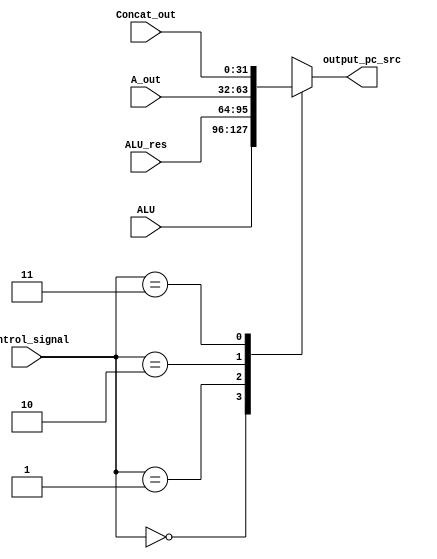
module mux_pc_src(A_out, ALU_res, ALU, Concat_out, control_signal, output_pc_src);
input[31:0] A_out, ALU_res, ALU, Concat_out;
input[1:0] control_signal;
output[31:0] output_pc_src;

wire[31:0] mux[3:0];
assign mux[2] = A_out;//arguments of the mux follow the control spec
assign mux[1] = ALU_res;
assign mux[0] = ALU;
assign mux[3] = Concat_out;


assign output_pc_src = mux[control_signal]; // Connects the output of the array
endmodule 

module mux_ALU_SrcB_shft(Value4, Db, SignExtend, Shiftby2, control_signal, output_operandB);
input[31:0] Value4, Db, SignExtend, Shiftby2;
input[1:0] control_signal;
output[31:0] output_operandB;

wire[31:0] mux[3:0];
assign mux[0] = Value4;//arguments of the mux follow the control spec
assign mux[1] = Db;
assign mux[2] = SignExtend;
assign mux[3] = Shiftby2;


assign output_operandB = mux[control_signal]; // Connects the output of the array
endmodule 

module test_pc_src;
wire[31:0] output_pc_src;
reg[31:0] A_out, ALU_res, ALU, Concat_out;
reg[1:0] control_signal;

mux_pc_src pcmux(A_out, ALU_res, ALU, Concat_out, control_signal, output_pc_src);

initial begin
$display("A_out  ALU_res  ALU Concat_out  control_signal| output");
A_out= {32'b11};
ALU_res = {32'b1};
ALU = {32'b0};
Concat_out = {31'b1,1'b0};
control_signal = {2'b1};

#1000 
$display("%b  %b  %b  %b %b| %b", A_out, ALU_res, ALU, Concat_out, control_signal, output_pc_src);  
end
endmodule